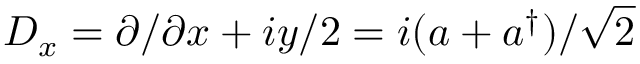
D _ { x } = { \partial } / { \partial x } + { i } y / { 2 } = { i } ( a + a ^ { \dag } ) / { \sqrt { 2 } }